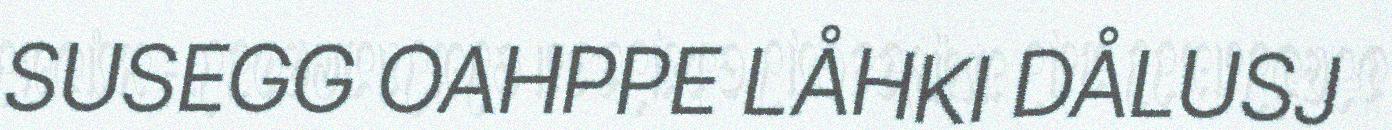
SUSEGG OAHPPE LÅHKI DÅLUSJ